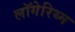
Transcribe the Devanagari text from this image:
लॉगेरिथ्म